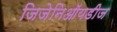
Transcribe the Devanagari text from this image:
जिजेनिऑयडीज